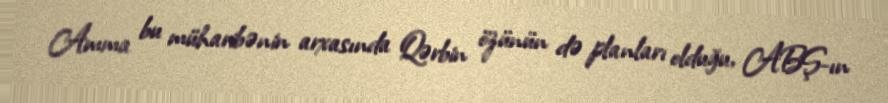
Amma bu müharibənin arxasında Qərbin özünün də planları olduğu, ABŞ-ın